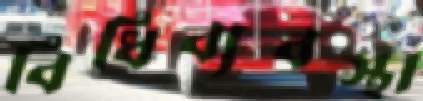
বিধিব্যবস্থা